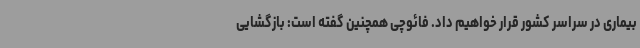
بیماری در سراسر کشور قرار خواهیم داد. فائوچی همچنین گفته است: بازگشایی